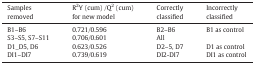
<table><thead><tr><td><b>Samples removed</b></td><td><b>R<sup>2</sup>Y (cum) /Q<sup>2</sup> (cum) for new model</b></td><td><b>Correctly classified</b></td><td><b>Incorrectly classified</b></td></tr></thead><tbody><tr><td>B1–B6</td><td>0.721/0.596</td><td>B2–B6</td><td>B1 as control</td></tr><tr><td>S3–S5, S7–S11</td><td>0.706/0.601</td><td>All</td><td></td></tr><tr><td>D1_D5, D6</td><td>0.623/0.526</td><td>D2–5, D7</td><td>D1 as control</td></tr><tr><td>DI1–DI7</td><td>0.739/0.619</td><td>DI2-DI7</td><td>DI1 as control</td></tr></tbody></table>